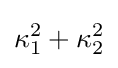
\kappa _{1}^{2}+\kappa _{2}^{2}